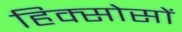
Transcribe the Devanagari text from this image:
हिक्सोसों